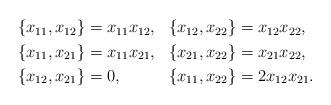
LaTeX: \begin{align*}\begin{aligned}\{x_{11},x_{12}\} &= x_{11}x_{12}, & \{x_{12},x_{22}\} &= x_{12}x_{22}, \\\{x_{11},x_{21}\} &= x_{11}x_{21}, & \{x_{21},x_{22}\} &= x_{21}x_{22}, \\\{x_{12},x_{21}\} &= 0, & \{x_{11},x_{22}\} &= 2x_{12}x_{21}.\end{aligned}\end{align*}